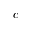
c